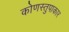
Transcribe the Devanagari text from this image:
कोणस्तुपाकार